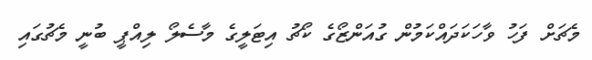
މެޗަށް ފަހު ވާހަކަދައްކަމުން ގުއަންޒޯގެ ކޯޗު އިޓަލީގެ މާސެލޯ ލިއްޕީ ބުނީ މެޗުގައި